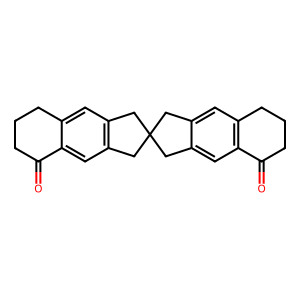
SMILES: O=C1CCCc2cc3c(cc21)CC1(C3)Cc2cc3c(cc2C1)C(=O)CCC3
Inhibits HIV replication: No